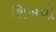
શિખવી